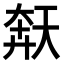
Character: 𫯩